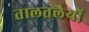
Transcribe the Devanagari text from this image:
तालतलैयों